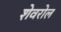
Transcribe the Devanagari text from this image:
शेवरोल